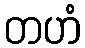
တဟံ